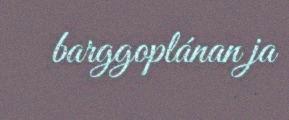
barggoplánan ja